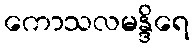
ကောသလမန္ဒိရေ